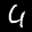
Label: 4